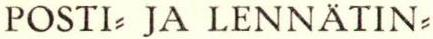
POSTI= JA LENNÄTIN=